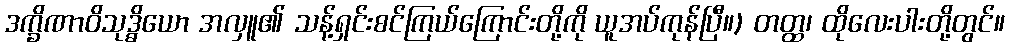
ဒက္ခိဏာဝိသုဒ္ဓိယော အလှူ၏ သန့်ရှင်းစင်ကြယ်ကြောင်းတို့ကို ယူအပ်ကုန်ပြီ။) တတ္ထ၊ ထိုလေးပါးတို့တွင်။